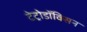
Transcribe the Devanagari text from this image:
टेट्रोडॉक्सिन